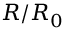
R / R _ { 0 }